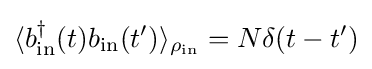
\langle b_{\mathrm {in} }^{\dagger }(t)b_{\mathrm {in} }(t^{\prime })\rangle _{\rho _{\mathrm {in} }}=N\delta (t-t^{\prime })